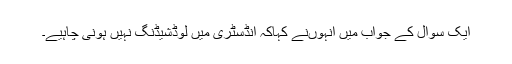
ایک سوال کے جواب میں انہوںنے کہاکہ انڈسٹری میں لوڈشیڈنگ نہیں ہونی چاہیے۔